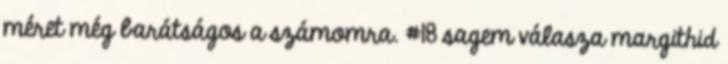
méret még barátságos a számomra. #18 sagem válasza margithid